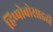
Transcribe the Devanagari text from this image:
हिप्पोबोसाइडी